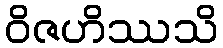
ဝိဇဟိဿသိ